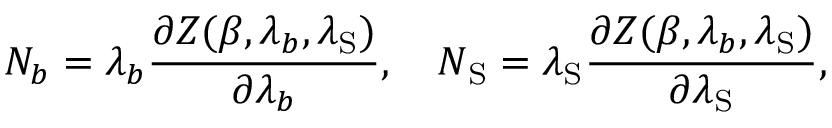
N _ { b } = \lambda _ { b } { \frac { \partial { \cal Z } ( \beta , \lambda _ { b } , \lambda _ { \mathrm { S } } ) } { \partial \lambda _ { b } } } , \quad N _ { \mathrm { S } } = \lambda _ { \mathrm { S } } { \frac { \partial { \cal Z } ( \beta , \lambda _ { b } , \lambda _ { \mathrm { S } } ) } { \partial \lambda _ { \mathrm { S } } } } , \quad